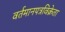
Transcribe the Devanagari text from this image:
वर्तमानपत्रविक्रेता